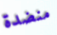
منضدة